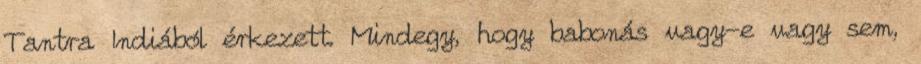
Tantra Indiából érkezett. Mindegy, hogy babonás vagy-e vagy sem,